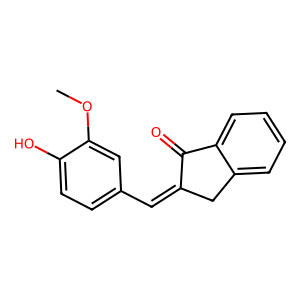
SMILES: COc1cc(C=C2Cc3ccccc3C2=O)ccc1O
Inhibits HIV replication: No